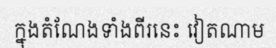
ក្នុងតំណែងទាំងពីរនេះ វៀតណាម